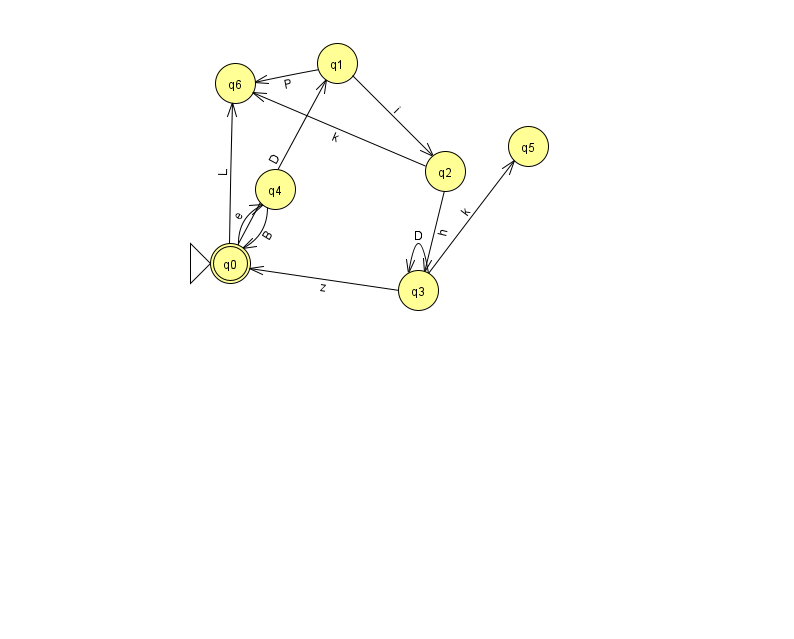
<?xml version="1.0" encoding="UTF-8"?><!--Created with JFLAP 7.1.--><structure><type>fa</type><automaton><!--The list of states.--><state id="0" name="q0"><x>230.0</x><y>250.0</y><initial/><final/></state><state id="1" name="q1"><x>337.0</x><y>50.0</y></state><state id="2" name="q2"><x>445.0</x><y>158.0</y></state><state id="3" name="q3"><x>418.0</x><y>277.0</y></state><state id="4" name="q4"><x>275.0</x><y>176.0</y></state><state id="5" name="q5"><x>528.0</x><y>133.0</y></state><state id="6" name="q6"><x>235.0</x><y>70.0</y></state><!--The list of transitions.--><transition><from>1</from><to>6</to><read>P</read></transition><transition><from>0</from><to>6</to><read>L</read></transition><transition><from>4</from><to>0</to><read>B</read></transition><transition><from>0</from><to>4</to><read>e</read></transition><transition><from>1</from><to>2</to><read>i</read></transition><transition><from>3</from><to>3</to><read>D</read></transition><transition><from>2</from><to>6</to><read>k</read></transition><transition><from>3</from><to>5</to><read>k</read></transition><transition><from>0</from><to>1</to><read>D</read></transition><transition><from>2</from><to>3</to><read>h</read></transition><transition><from>3</from><to>0</to><read>z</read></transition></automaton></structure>